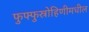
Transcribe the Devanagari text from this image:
फुफ्फुस्रोहिणीमधील